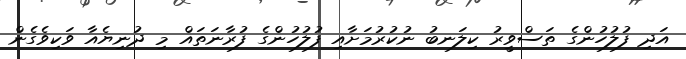
އަދި ފުލުހުންގެ ތަސްވީރު ކިލަނބު ނުކުރުމަށާއި ފުލުހުންގެ ފުރާނަތައް މި ދުނިޔެއާ ވަކިވެގެން